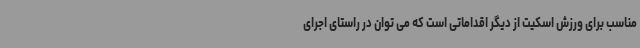
مناسب برای ورزش اسکیت از دیگر اقداماتی است که می توان در راستای اجرای